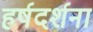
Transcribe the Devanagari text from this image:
हर्षदर्शना